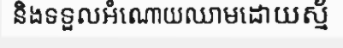
និងទទួលអំណោយឈាមដោយស្ម័